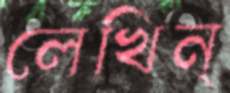
লেখিন্